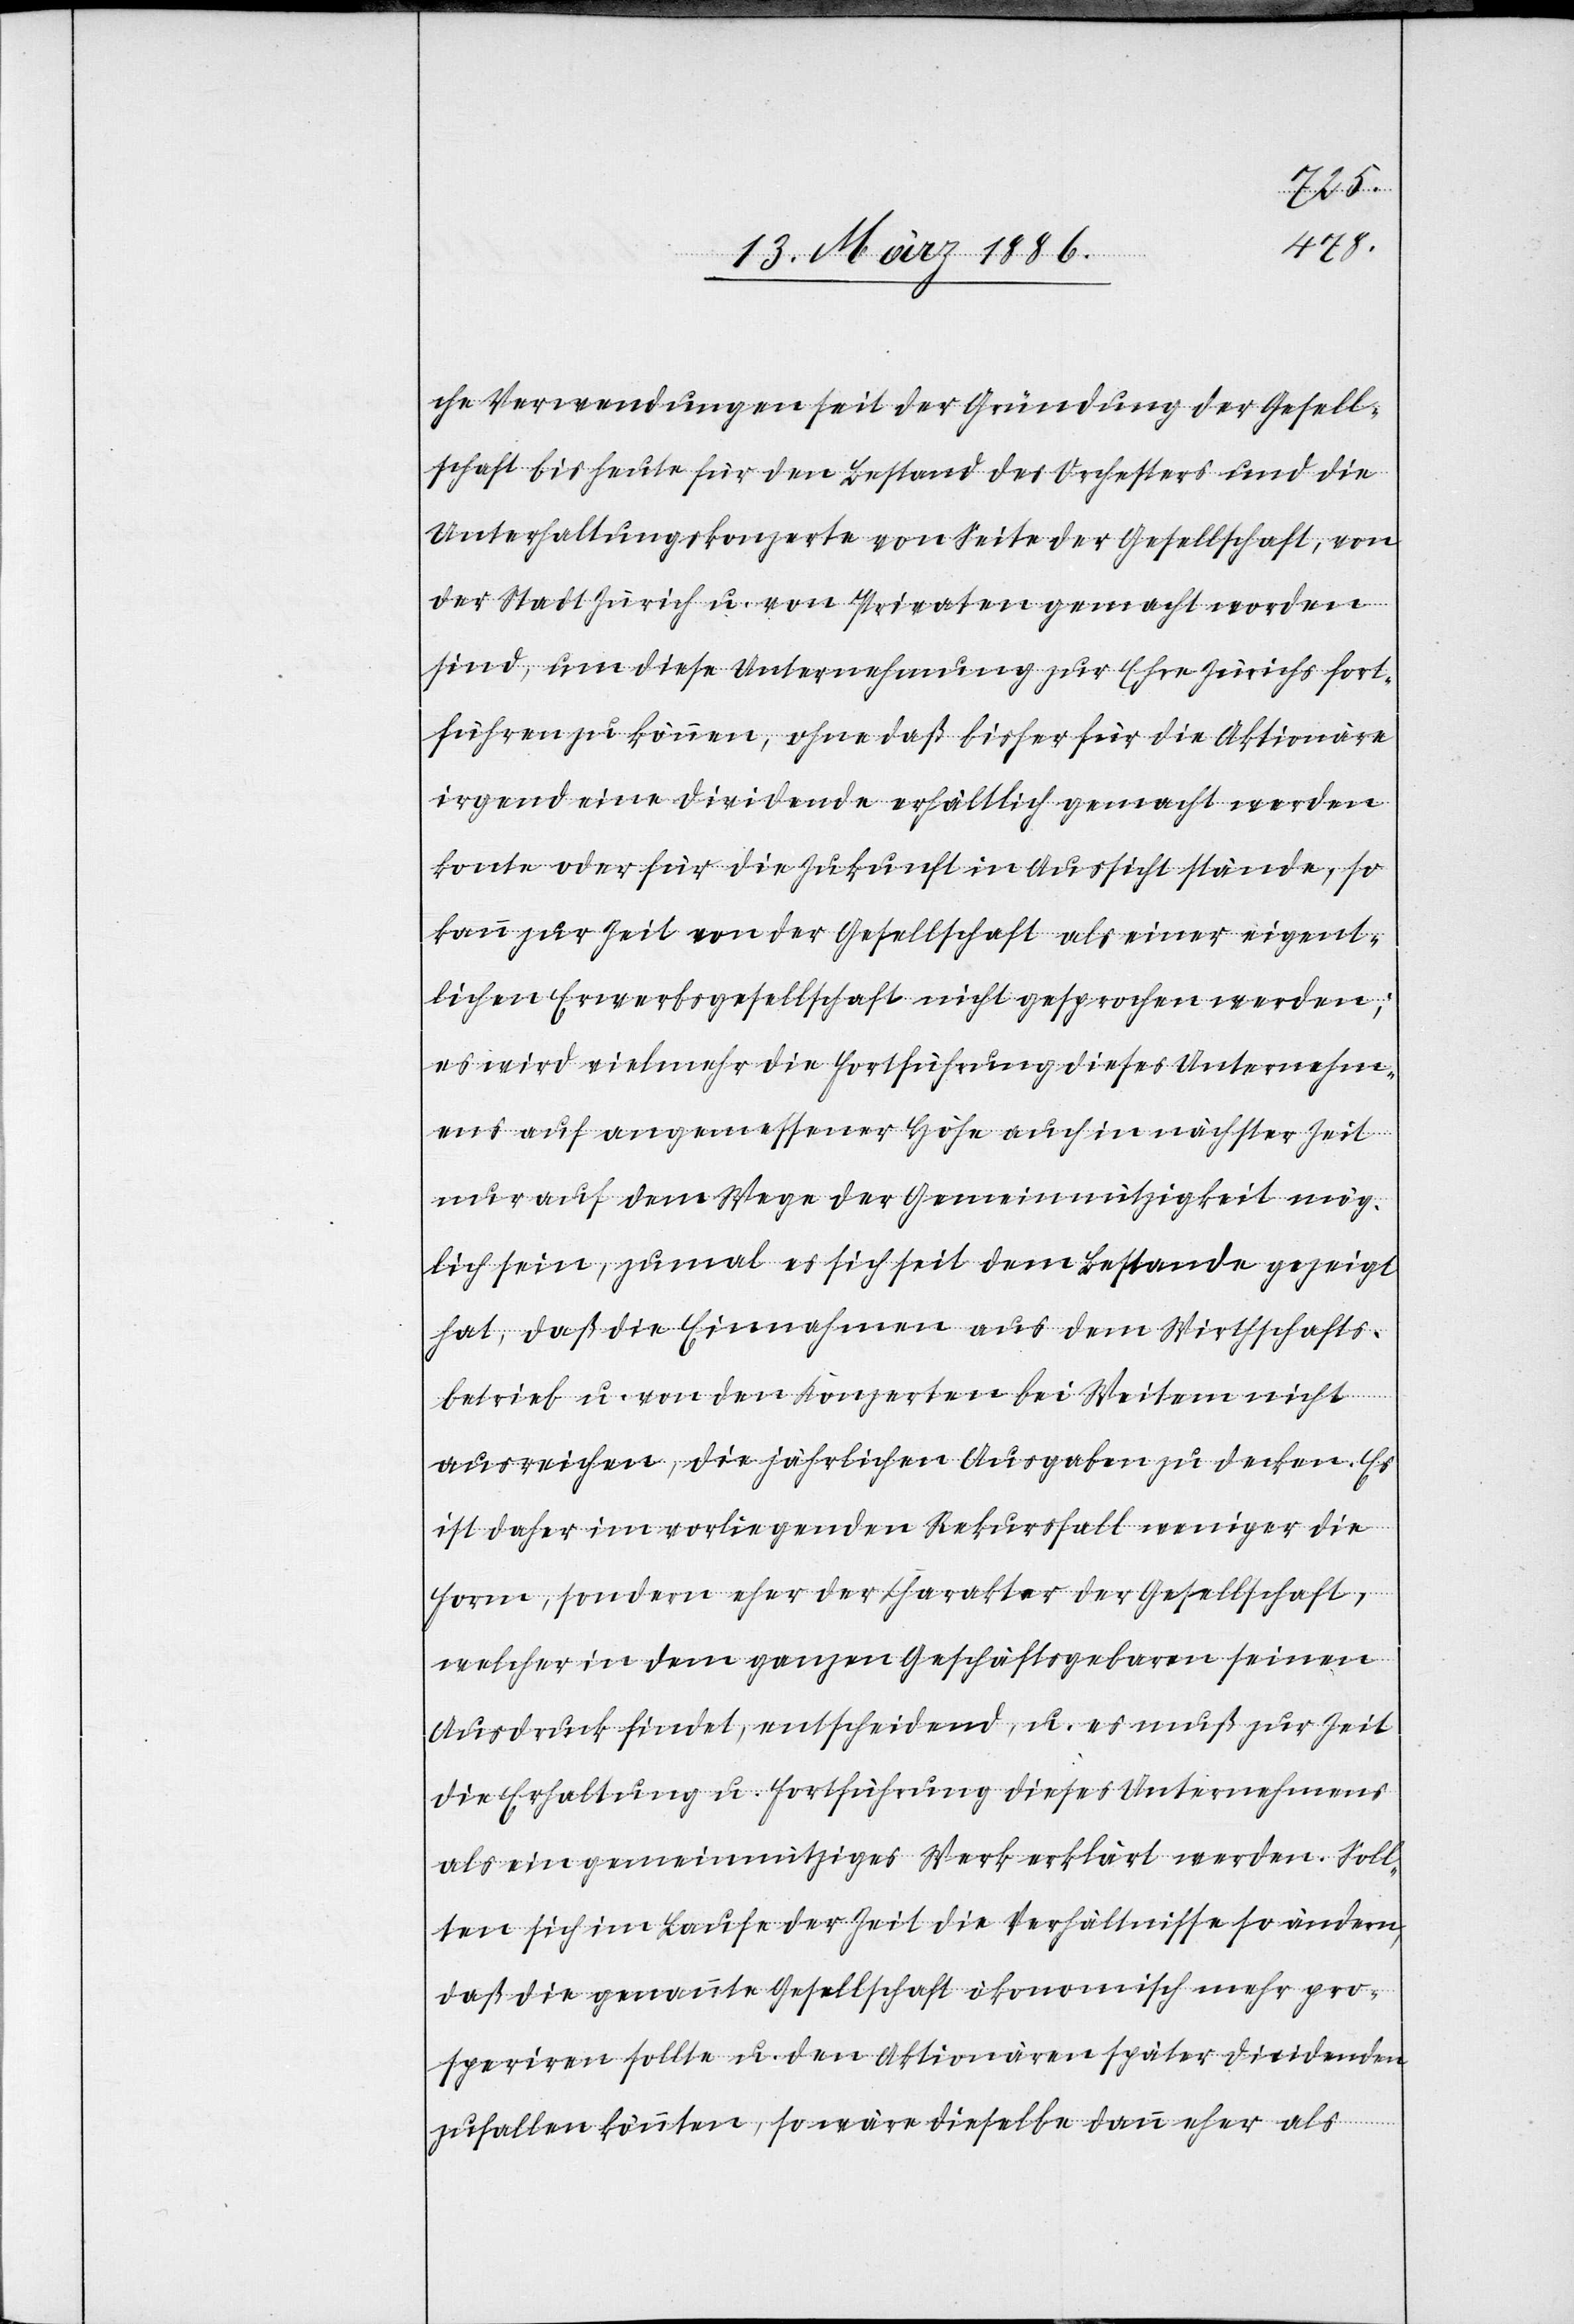
che Verwendungen seit der Gründung der Gesell¬
schaft bis heute für den Bestand des Orchesters und die
Unterhaltungskonzerte von Seite der Gesellschaft, von
der Stadt Zürich u. von Privaten gemacht worden
sind, um diese Unternehmung zur Ehre Zürichs fort¬
führen zu können, ohne daß bisher für die Aktionäre
irgend eine Dividende erhältlich gemacht werden
kon[n]te oder für die Zukunft in Aussicht stände, so
kann zur Zeit von der Gesellschaft als einer eigent¬
lichen Erwerbsgesellschaft nicht gesprochen werden;
es wird vielmehr die Fortführung dieses Unternehm¬
ens auf angemessener Höhe auch in nächster Zeit
nur auf dem Wege der Gemeinnützigkeit mög¬
lich sein, zumal es sich seit dem Bestande gezeigt
hat, daß die Einnahmen aus dem Wirthschafts¬
betrieb u. von den Konzerten bei Weitem nicht
ausreichen, die jährlichen Ausgaben zu decken. Es
ist daher im vorliegenden Rekursfall weniger die
Form, sondern eher der Charakter der Gesellschaft,
welcher in dem ganzen Geschäftsgebahren seinen
Ausdruck findet, entscheidend, u. es muß zur Zeit
die Erhaltung u. Fortführung dieses Unternehmens
als ein gemeinnütziges Werk erklärt werden. Soll¬
ten sich im Laufe der Zeit die Verhältnisse so ändern,
daß die genannte Gesellschaft ökonomisch mehr pro¬
speriren sollte u. den Aktionären später Dividenden
zufallen könnten, so wäre dieselbe dann eher als